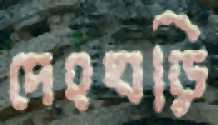
দেহঘড়ি